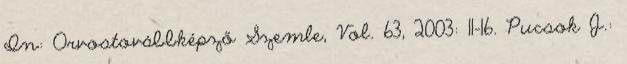
In: Orvostovábbképző Szemle, Vol. 63, 2003: 11-16. Pucsok J.: